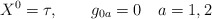
\begin{align*}X^{0} = \tau,\qquad g_{0a} = 0\quad a=1,2\end{align*}